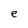
Character: e